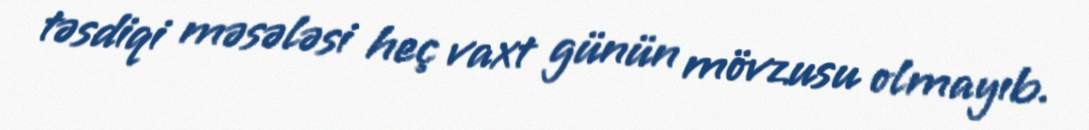
təsdiqi məsələsi heç vaxt günün mövzusu olmayıb.